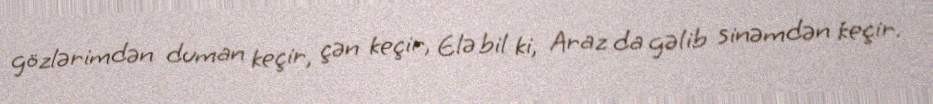
gözlərimdən duman keçir, çən keçir, Elə bil ki, Araz da gəlib sinəmdən keçir.